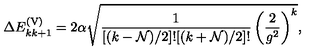
\Delta E _ { k k + 1 } ^ { \mathrm { ( V ) } } = 2 \alpha \sqrt { { \frac { 1 } { [ ( k - { \cal N } ) / 2 ] ! [ ( k + { \cal N } ) / 2 ] ! } } \left( { \frac { 2 } { g ^ { 2 } } } \right) ^ { k } } ,